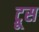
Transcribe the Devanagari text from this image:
ट्रूस